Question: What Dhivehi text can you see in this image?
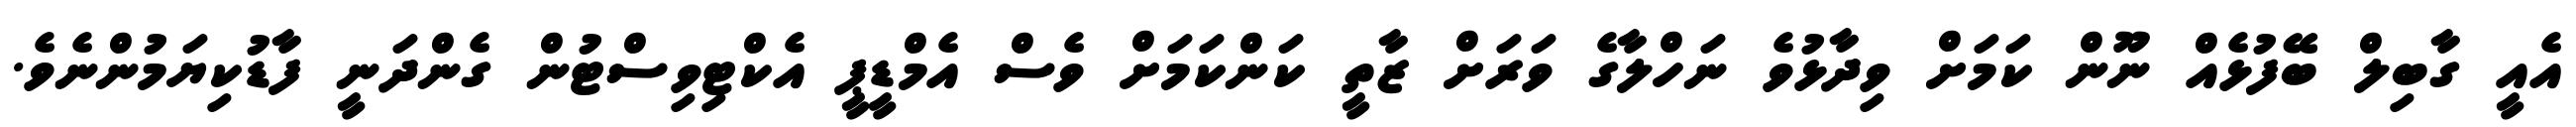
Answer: އެއީ ގާބިލް ބޭފުޅެއް ނޫން ކަމަށް ވިދާޅުވެ ނަހްލާގެ ވަރަށް ޒާތީ ކަންކަމަށް ވެސް އެމްޑީޕީ އެކްޓިވިސްޓުން ގެންދަނީ ފާޑުކިޔަމުންނެވެ.